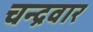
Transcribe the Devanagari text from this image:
चन्द्रवार